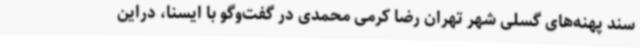
سند پهنه‌های گسلی شهر تهران رضا کرمی محمدی در گفت‌وگو با ایسنا، دراین